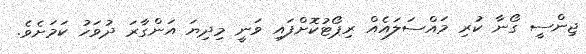
ޖިންސީ ގޯނާ ކުރި މައްސަލައެއް ރިޕޯޓުކޮށްފައި ވަނީ މިދިޔަ އަންގާރަ ދުވަހު ކަމަށެވެ.